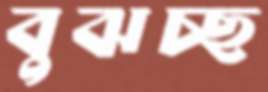
বুঝচ্ছ